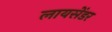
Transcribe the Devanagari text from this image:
लायसेंडर